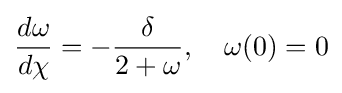
{\frac {d\omega }{d\chi }}=-{\frac {\delta }{2+\omega }},\quad \omega (0)=0